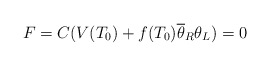
\begin{align*}F=C(V(T_0)+f(T_0)\overline{\theta}_R\theta_L)=0\end{align*}